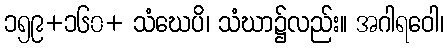
၁၅၉+၁၆၀+ သံဃေပိ၊ သံဃာ၌လည်း။ အဂါရဝေါ၊